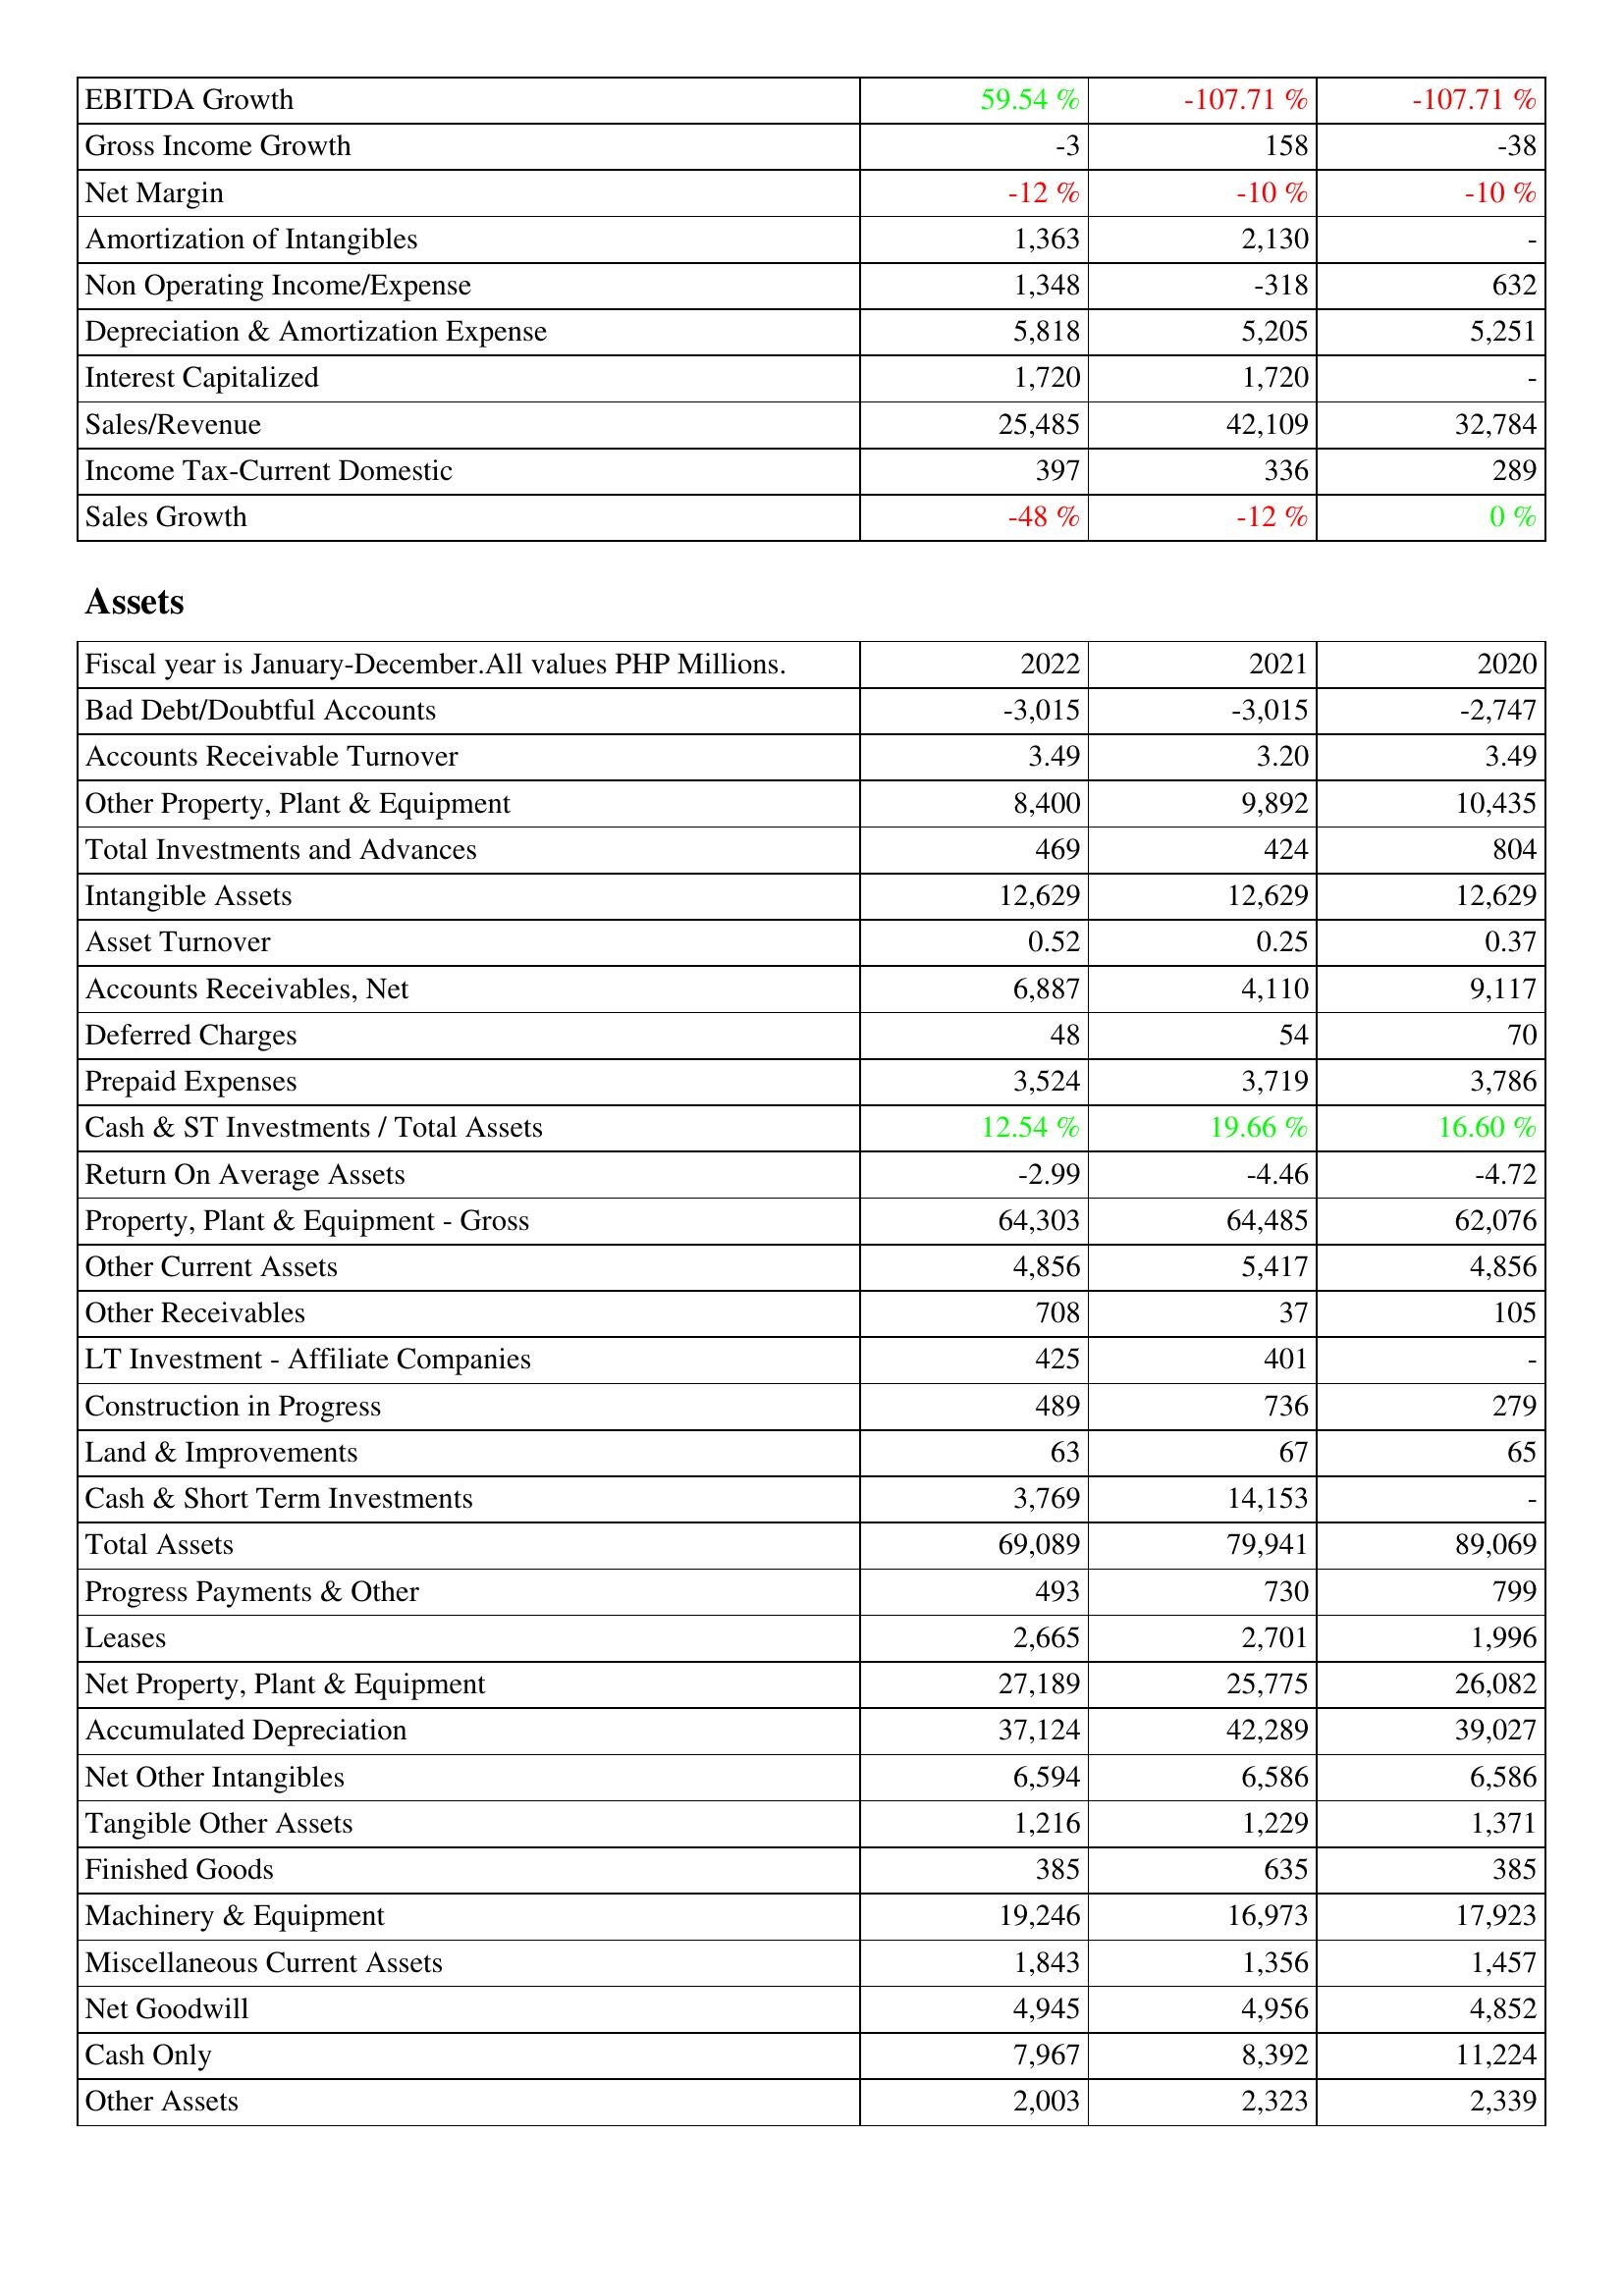
2022: Income Statement: EBITDA Growth: 59.54 %
Gross Income Growth: -3
Net Margin: -12 %
Amortization of Intangibles: 1,363
Non Operating Income/Expense: 1,348
Depreciation & Amortization Expense: 5,818
Interest Capitalized: 1,720
Sales/Revenue: 25,485
Income Tax-Current Domestic: 397
Sales Growth: -48 %
Assets: Bad Debt/Doubtful Accounts: -3,015
Accounts Receivable Turnover: 3.49
Other Property, Plant & Equipment: 8,400
Total Investments and Advances: 469
Intangible Assets: 12,629
Asset Turnover: 0.52
Accounts Receivables, Net: 6,887
Deferred Charges: 48
Prepaid Expenses: 3,524
Cash & ST Investments / Total Assets: 12.54 %
Return On Average Assets: -2.99
Property, Plant & Equipment - Gross: 64,303
Other Current Assets: 4,856
Other Receivables: 708
LT Investment - Affiliate Companies: 425
Construction in Progress: 489
Land & Improvements: 63
Cash & Short Term Investments: 3,769
Total Assets: 69,089
Progress Payments & Other: 493
Leases: 2,665
Net Property, Plant & Equipment: 27,189
Accumulated Depreciation: 37,124
Net Other Intangibles: 6,594
Tangible Other Assets: 1,216
Finished Goods: 385
Machinery & Equipment: 19,246
Miscellaneous Current Assets: 1,843
Net Goodwill: 4,945
Cash Only: 7,967
Other Assets: 2,003
2021: Income Statement: EBITDA Growth: -107.71 %
Gross Income Growth: 158
Net Margin: -10 %
Amortization of Intangibles: 2,130
Non Operating Income/Expense: -318
Depreciation & Amortization Expense: 5,205
Interest Capitalized: 1,720
Sales/Revenue: 42,109
Income Tax-Current Domestic: 336
Sales Growth: -12 %
Assets: Bad Debt/Doubtful Accounts: -3,015
Accounts Receivable Turnover: 3.20
Other Property, Plant & Equipment: 9,892
Total Investments and Advances: 424
Intangible Assets: 12,629
Asset Turnover: 0.25
Accounts Receivables, Net: 4,110
Deferred Charges: 54
Prepaid Expenses: 3,719
Cash & ST Investments / Total Assets: 19.66 %
Return On Average Assets: -4.46
Property, Plant & Equipment - Gross: 64,485
Other Current Assets: 5,417
Other Receivables: 37
LT Investment - Affiliate Companies: 401
Construction in Progress: 736
Land & Improvements: 67
Cash & Short Term Investments: 14,153
Total Assets: 79,941
Progress Payments & Other: 730
Leases: 2,701
Net Property, Plant & Equipment: 25,775
Accumulated Depreciation: 42,289
Net Other Intangibles: 6,586
Tangible Other Assets: 1,229
Finished Goods: 635
Machinery & Equipment: 16,973
Miscellaneous Current Assets: 1,356
Net Goodwill: 4,956
Cash Only: 8,392
Other Assets: 2,323
2020: Income Statement: EBITDA Growth: -107.71 %
Gross Income Growth: -38
Net Margin: -10 %
Amortization of Intangibles: -
Non Operating Income/Expense: 632
Depreciation & Amortization Expense: 5,251
Interest Capitalized: -
Sales/Revenue: 32,784
Income Tax-Current Domestic: 289
Sales Growth: 0 %
Assets: Bad Debt/Doubtful Accounts: -2,747
Accounts Receivable Turnover: 3.49
Other Property, Plant & Equipment: 10,435
Total Investments and Advances: 804
Intangible Assets: 12,629
Asset Turnover: 0.37
Accounts Receivables, Net: 9,117
Deferred Charges: 70
Prepaid Expenses: 3,786
Cash & ST Investments / Total Assets: 16.60 %
Return On Average Assets: -4.72
Property, Plant & Equipment - Gross: 62,076
Other Current Assets: 4,856
Other Receivables: 105
LT Investment - Affiliate Companies: -
Construction in Progress: 279
Land & Improvements: 65
Cash & Short Term Investments: -
Total Assets: 89,069
Progress Payments & Other: 799
Leases: 1,996
Net Property, Plant & Equipment: 26,082
Accumulated Depreciation: 39,027
Net Other Intangibles: 6,586
Tangible Other Assets: 1,371
Finished Goods: 385
Machinery & Equipment: 17,923
Miscellaneous Current Assets: 1,457
Net Goodwill: 4,852
Cash Only: 11,224
Other Assets: 2,339